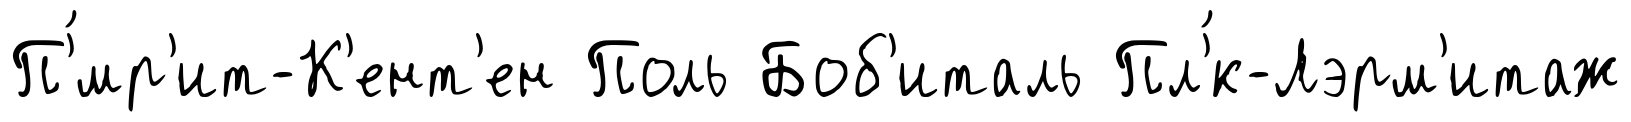
П'́мр'ит-К'ент'ен Поль Боб'италь Пл'́к-Лэрм'итаж